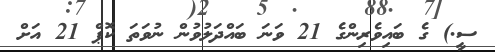
ސީ.) ގެ ބައިވެރިންގެ 21 ވަނަ ބައްދަލުވުން ނުވަތަ ކޮޕް 21 އަށް